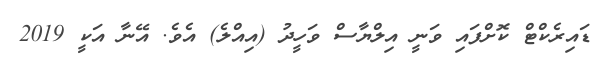
ޑައިރެކްޓް ކޮށްފައި ވަނީ އިލްޔާސް ވަހީދު (އިއްލެ) އެވެ. އޭނާ އަކީ 2019